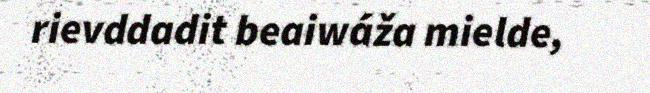
rievddadit beaiwáža mielde,